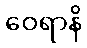
ဝေရာနိ